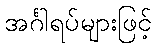
အင်္ဂါရပ်များဖြင့်